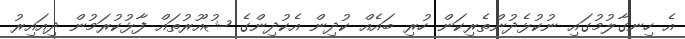
އެ ހިނގާލުމުގައި ނުކުޅެދުންތެރިކަން ހުރި ބައެއް ކުދިން އެކުދިންގެ ޝުއޫރުތައް ފާޅުކުރަމުން ދިއައިރު